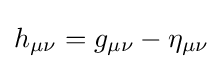
h_{\mu \nu }=g_{\mu \nu }-\eta _{\mu \nu }